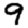
Digit: 9